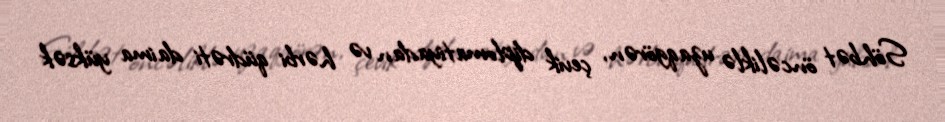
Söhbət öncəliklə uzaqgörən, çevik diplomatiyadan və hərbi qüdrəti daima yüksək